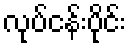
လုပ်ငန်းပိုင်း